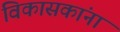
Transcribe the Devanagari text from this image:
विकासकांना